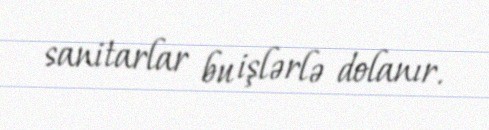
sanitarlar bu işlərlə dolanır.